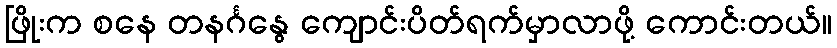
ဖြိုးက စနေ တနင်္ဂနွေ ကျောင်းပိတ်ရက်မှာလာဖို့ ကောင်းတယ်။